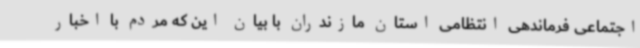
اجتماعی فرماندهی انتظامی استان مازندران با بیان این که مردم با اخبار